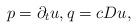
LaTeX: \begin{align*} p = \partial _ t u , q = c D u ,\end{align*}